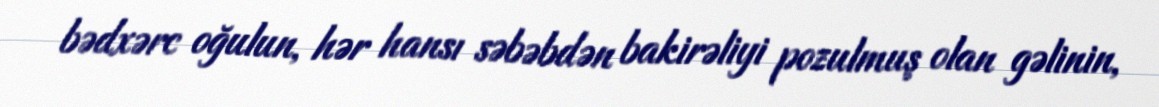
bədxərc oğulun, hər hansı səbəbdən bakirəliyi pozulmuş olan gəlinin,